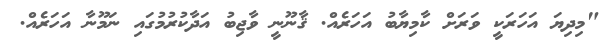
"މިދިޔަ އަހަރަކީ ވަރަށް ކާމިޔާބު އަހަރެއް. ޤާނޫނީ ވާޖިބު އަދާކުރުމުގައި ނަމޫނާ އަހަރެއް.